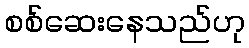
စစ်ဆေးနေသည်ဟု